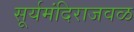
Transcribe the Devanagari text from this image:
सूर्यमंदिराजवळ